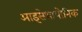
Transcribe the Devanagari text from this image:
आइसेथायोनिक